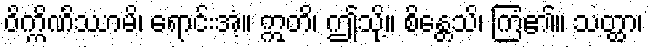
ဝိက္ကိဏိဿာမိ၊ ရောင်းအံ့။ ဣတိ၊ ဤသို့။ စိန္တေသိ၊ ကြံ၏။ သတ္ထာ၊